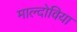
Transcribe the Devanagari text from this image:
माल्दोविया